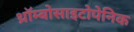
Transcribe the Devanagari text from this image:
थ्रॉम्बोसाइटोपेनिक